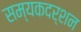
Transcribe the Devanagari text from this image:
सम्यकदर्शन